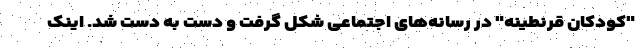
"کودکان قرنطینه" در رسانه‌های اجتماعی شکل گرفت و دست به دست شد. اینک